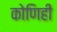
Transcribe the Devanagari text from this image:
कोणिही